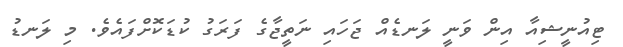
ޓިއުނީޝިއާ އިން ވަނީ ލަނޑެއް ޖަހައި ނަތީޖާގެ ފަރަގު ކުޑަކޮށްފައެވެ. މި ލަނޑު